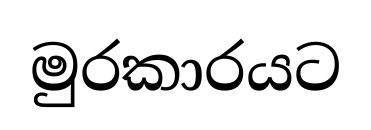
මුරකාරයට